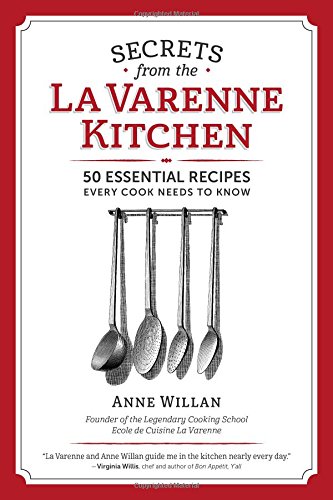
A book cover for Secrets from the La Varenne Kitchen: Inspiration for Navigating Life's Changes and Challenges; Anne Willan; Cookbooks, Food & Wine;